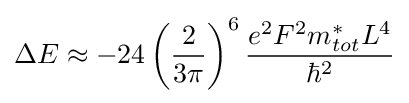
\Delta E\approx -24\left({\frac {2}{3\pi }}\right)^{6}{\frac {e^{2}F^{2}m_{tot}^{*}L^{4}}{\hbar ^{2}}}